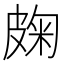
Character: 龾